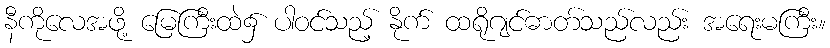
နီကိုလေအဖို့ မြေကြီးထဲ၌ ပါဝင်သည့် နိုက် ထရိုဂျင်ဓာတ်သည်လည်း အရေးမကြီး။